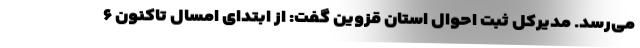
می‌رسد. مدیرکل ثبت احوال استان قزوین گفت: از ابتدای امسال تاکنون ۶